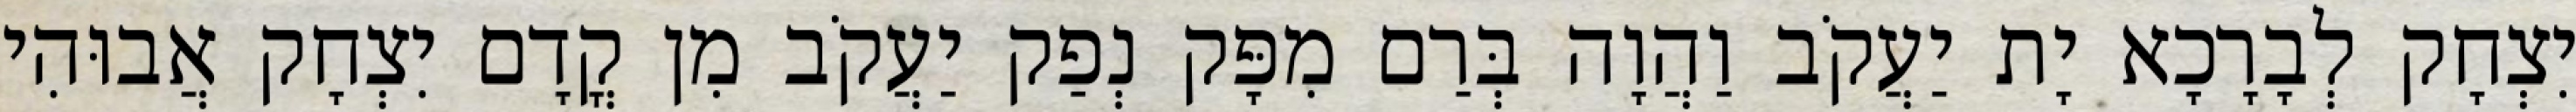
יִצְחָק לְבָרָכָא יָת יַעֲקֹב וַהֲוָה בְּרַם מִפָּק נְפַק יַעֲקֹב מִן קֳדָם יִצְחָק אֲבוּהִי